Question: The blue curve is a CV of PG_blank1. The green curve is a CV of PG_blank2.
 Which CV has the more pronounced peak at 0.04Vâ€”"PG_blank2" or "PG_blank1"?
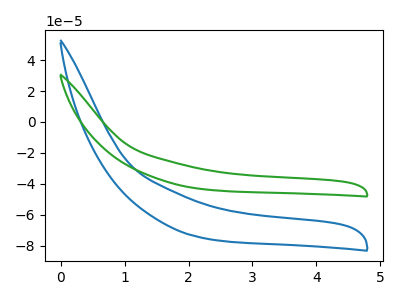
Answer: <think>The blue curve "PG_blank1" has no peaks. The green curve "PG_blank2" has no peaks.</think>
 <answer>"PG_blank2" and "PG_blank1" dont share a peak at 0.04V.</answer>
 <eval>mismatch</eval>